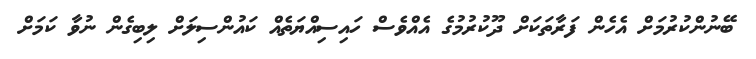
ބޭނުންކުރުމަށް އެހެން ފަރާތަކަށް ދޫކުރުމުގެ އެއްވެސް ހައިސިއްޔަތެއް ކައުންސިލަށް ލިބިގެން ނުވާ ކަމަށް